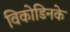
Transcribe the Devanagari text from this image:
विकोडिनके